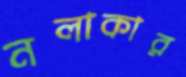
নলাকার